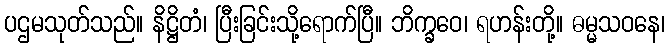
ပဌမသုတ်သည်။ နိဋ္ဌိတံ၊ ပြီးခြင်းသို့ရောက်ပြီ။ ဘိက္ခဝေ၊ ရဟန်းတို့။ ဓမ္မသဝနေ၊